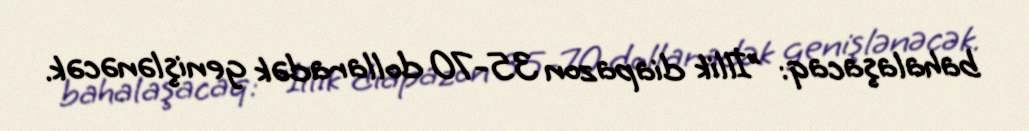
bahalaşacaq: "İllik diapazon 35-70 dollaradək genişlənəcək.